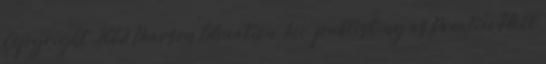
Copyright 2012 Pearson Education, Inc. publishing as Prentice Hall